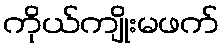
ကိုယ်ကျိုးမဖက်